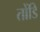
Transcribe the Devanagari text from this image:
तोंडि